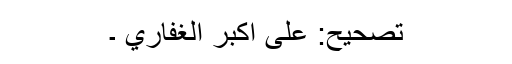
تصحيح: على اكبر الغفاري ۔